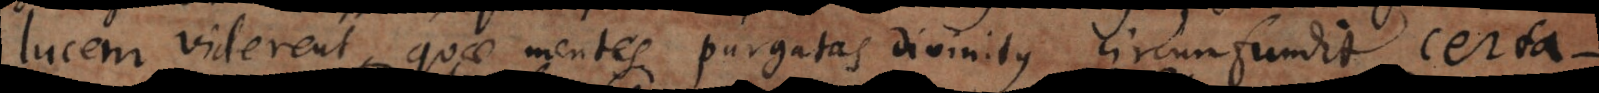
lucem viderent, quae mentes purgatas divinitus circumfundit, certat